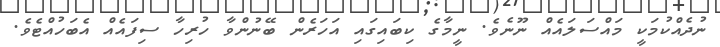
ނުދެއްކުމަކީ މައްސަލައެއް ނޫނެވެ. ނީމާގެ ކިބައިގައި އަހަރެން ބޭނުންވާ ހުރިހާ ސިފައެއް އެބަހުއްޓެވެ.